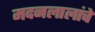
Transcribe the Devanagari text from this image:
मदनलालांचे